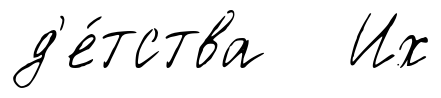
д'е́тства Их